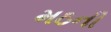
મઠની